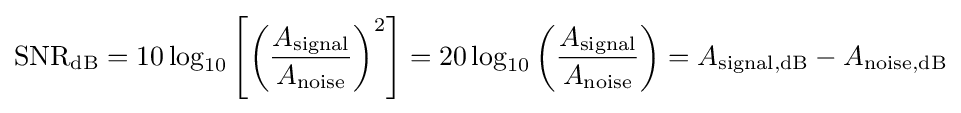
\mathrm {SNR_{dB}} =10\log _{10}\left[\left({\frac {A_{\mathrm {signal} }}{A_{\mathrm {noise} }}}\right)^{2}\right]=20\log _{10}\left({\frac {A_{\mathrm {signal} }}{A_{\mathrm {noise} }}}\right)={A_{\mathrm {signal,dB} }-A_{\mathrm {noise,dB} }}